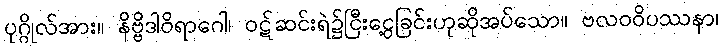
ပုဂ္ဂိုလ်အား။ နိဗ္ဗိဒါဝိရာဂေါ၊ ဝဋ်ဆင်းရဲ၌ငြီးငွေ့ခြင်းဟုဆိုအပ်သော။ ဗလဝဝိပဿနာ၊